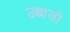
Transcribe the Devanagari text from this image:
उछालो